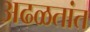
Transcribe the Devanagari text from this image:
अढळतांत